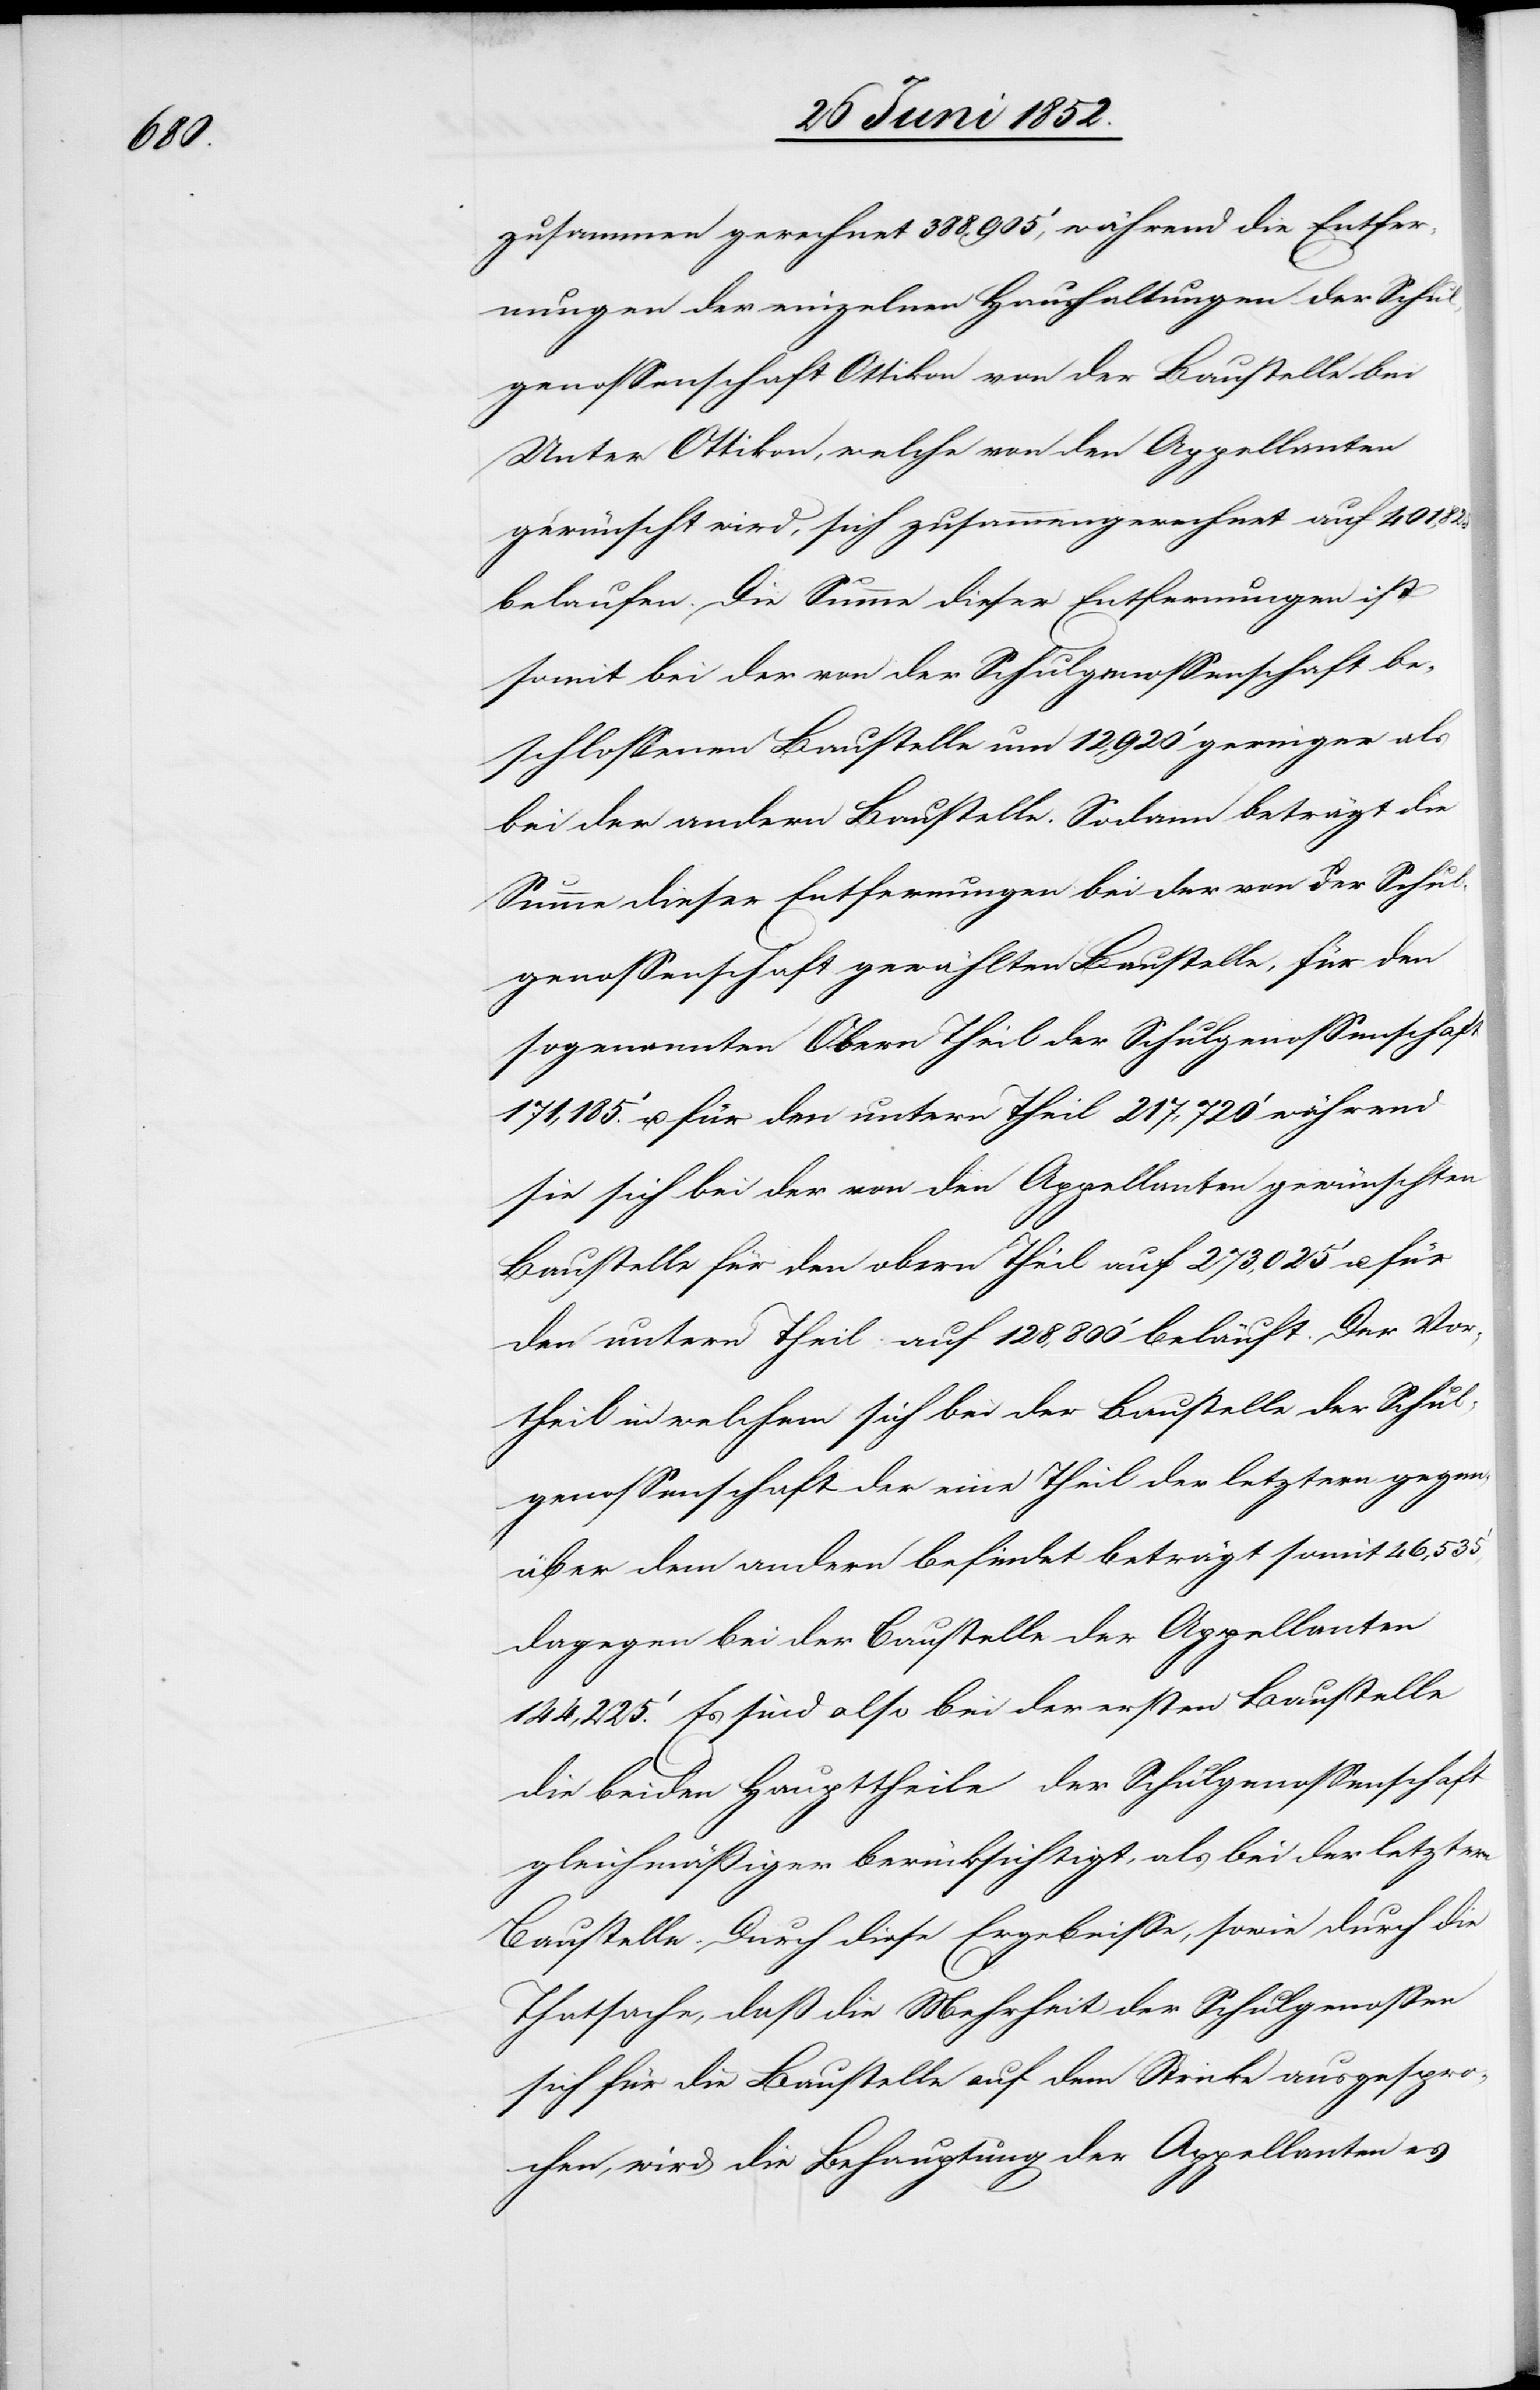
zusammen gerechnet 388,905‘, während die Entfer¬
nungen der einzelnen Haushaltungen der Schul¬
genossenschaft Ottikon von der Baustelle bei
Unter[-]Ottikon, welche von den Appellanten
gewünscht wird, sich zusammengerechnet auf 401,825.‘
belaufen. Die Summe dieser Entfernungen ist
somit bei der von der Schulgenossenschaft be¬
schlossenen Baustelle um 12,920‘ geringer als
bei der andern Baustelle. Sodann beträgt die
Summe dieser Entfernungen bei der von der Schul¬
genossenschaft gewählten Baustelle, für den
sogenannten Obern Theil der Schulgenossenschaft
171,185.‘ u. für den untern Theil 217,720‘ während
sie sich bei der von den Appellanten gewünschten
Baustelle für den obern Theil auf 273,025‘ u. für
den untern Theil auf 128,800‘ beläuft. Der Vor¬
theil in welchem sich bei der Baustelle der Schul¬
genossenschaft der eine Theil der letztern gegen¬
über dem andern befindet beträgt somit 46,535‘,
dagegen bei der Baustelle der Appellanten
144,225.‘ Es sind also bei der ersten Baustelle
die beiden Haupttheile der Schulgenossenschaft
gleichmäßiger berücksichtigt, als bei der letztern
Baustelle. Durch diese Ergebnisse, sowie durch die
Thatsache, daß die Mehrheit der Schulgenossen
sich für die Baustelle auf dem Stricke ausgespro¬
chen, wird die Behauptung der Appellanten es